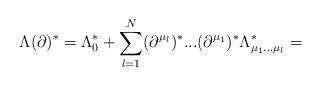
LaTeX: \begin{align*}\Lambda(\partial)^{*} =\Lambda_{0}^{*}+\sum_{l=1}^{N} (\partial^{\mu_{l}})^{*}...(\partial^{\mu_{1}})^{*}\Lambda_{\mu_{1}...\mu_{l}}^{*}=\end{align*}